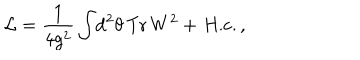
{ \cal L } = \frac { 1 } { 4 g ^ { 2 } } \int \! \mathrm { d } ^ { 2 } \theta \, \mathrm { T r } \, W ^ { 2 } + \, \mathrm { H . c . } \, ,